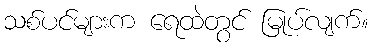
သစ်ပင်များက ရေထဲတွင် မြုပ်လျက်။